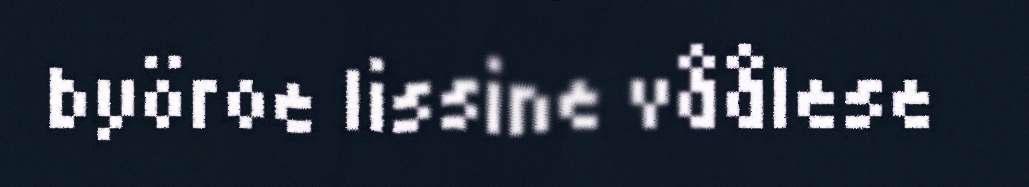
byöroe lissine våålese